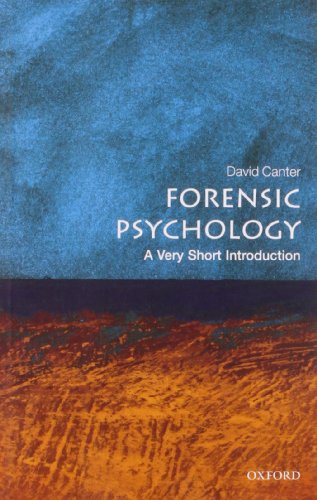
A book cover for Forensic Psychology: A Very Short Introduction; David Canter; Medical Books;